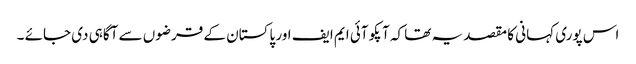
اس پوری کہانی کا مقصد یہ تھا کہ آپکو آئی ایم ایف اور پاکستان کے قرضوں سے آگاہی دی جائے ۔